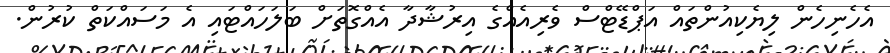
އެހެނިހެން ލިޔެކިއުންތައް އަޕްޑޭޓްސް ވެރިއެއްގެ އިރުޝާދާ އެއްގޮތަށް ބަލަހައްޓައި އެ މަސައްކަތް ކުރުން.